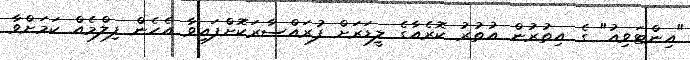
"އިންޓަވިއު" ގެ އިތުރުން އުތުރު ކޮރެއާގެ ލީޑަރަށް ފުރައްސާރަކޮށްފައިވާ އެހެން ފިލްމެއް ކަމަށްވާ